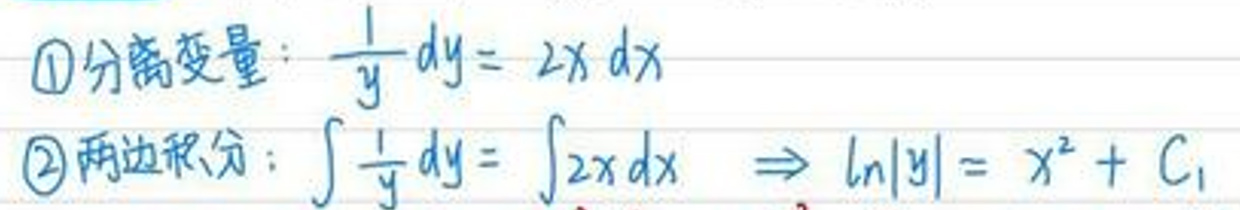

\textcircled{1}分离变量：\(\frac{1}{y}dy = 2x^5dx\)
\textcircled{2}两边积分：\(\int\frac{1}{y}dy=\int 2x^5dx \Rightarrow \ln|y| = x^2 + C_1\)